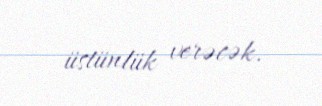
üstünlük verəcək.